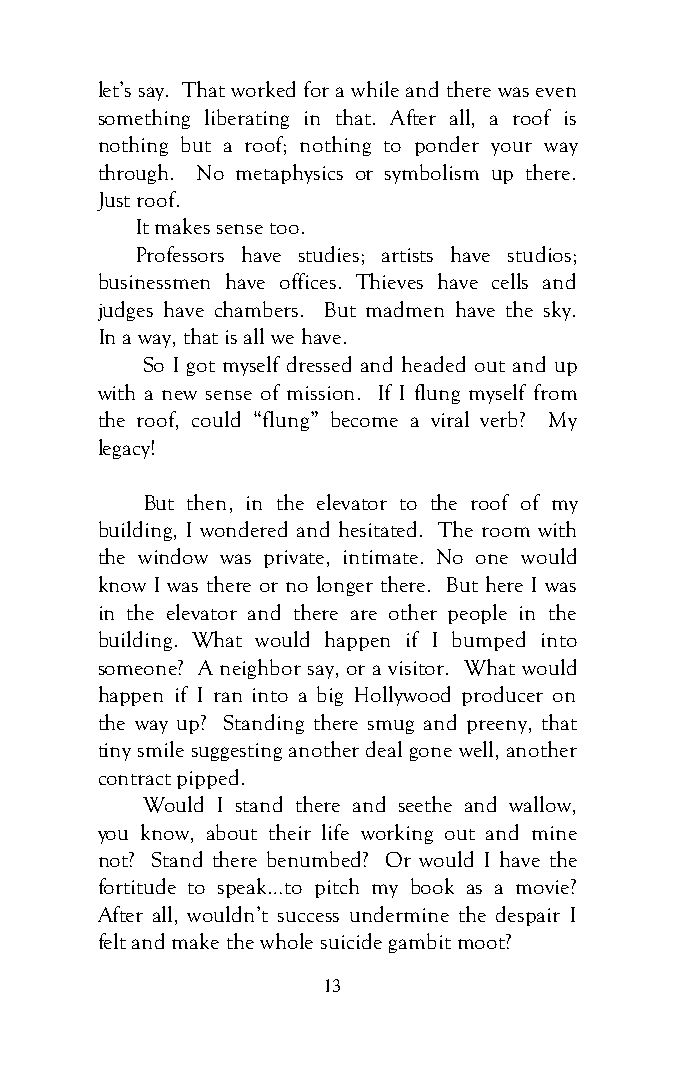
let’s say. That worked for a while and there was even
 something liberating in that. After all, a roof is
 nothing but a roof; nothing to ponder your way
 through. No metaphysics or symbolism up there.
 Just roof.
 It makes sense too.
 Professors have studies; artists have studios;
 businessmen have offices. Thieves have cells and
 judges have chambers. But madmen have the sky.
 In a way, that is all we have.
 So I got myself dressed and headed out and up
 with a new sense of mission. If I flung myself from
 the roof, could “flung” become a viral verb? My
 legacy!
 But then, in the elevator to the roof of my
 building, I wondered and hesitated. The room with
 the window was private, intimate. No one would
 know I was there or no longer there. But here I was
 in the elevator and there are other people in the
 building. What would happen if I bumped into
 someone? A neighbor say, or a visitor. What would
 happen if I ran into a big Hollywood producer on
 the way up? Standing there smug and preeny, that
 tiny smile suggesting another deal gone well, another
 contract pipped.
 Would I stand there and seethe and wallow,
 you know, about their life working out and mine
 not? Stand there benumbed? Or would I have the
 fortitude to speak…to pitch my book as a movie?
 After all, wouldn’t success undermine the despair I
 felt and make the whole suicide gambit moot?
 13